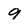
Character: 9